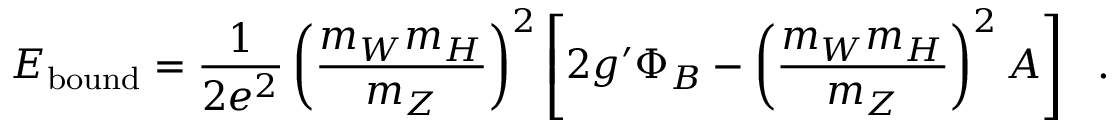
E _ { \mathrm { b o u n d } } = \frac { 1 } { 2 e ^ { 2 } } \left( \frac { m _ { W } m _ { H } } { m _ { Z } } \right) ^ { 2 } \left[ 2 g ^ { \prime } \Phi _ { B } - \left( \frac { m _ { W } m _ { H } } { m _ { Z } } \right) ^ { 2 } A \right] ~ ~ .